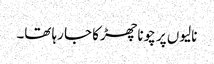
نالیوں پر چونا چھڑکا جا رہا تھا۔